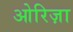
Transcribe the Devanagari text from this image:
ओरिज़ा